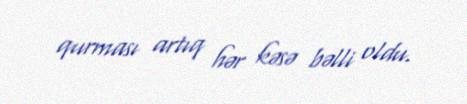
qurması artıq hər kəsə bəlli oldu.